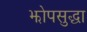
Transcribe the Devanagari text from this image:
झोपसुद्धा